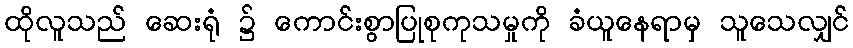
ထိုလူသည် ဆေးရုံ ၌ ကောင်းစွာပြုစုကုသမှုကို ခံယူနေရာမှ သူသေလျှင်